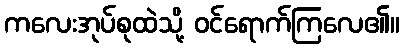
ကလေးအုပ်စုထဲသို့ ဝင်ရောက်ကြလေ၏။